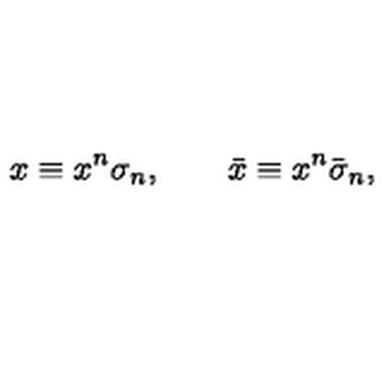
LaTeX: x \equiv x ^ { n } \sigma _ { n } , \qquad \bar { x } \equiv x ^ { n } \bar { \sigma } _ { n } ,